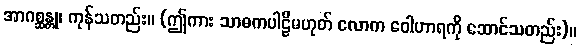
အာဂစ္ဆန္တု၊ ကုန်သတည်း။ (ဤကား သာဓကပါဠိမဟုတ် လောက ဝေါဟာရကို ဆောင်သတည်း)။